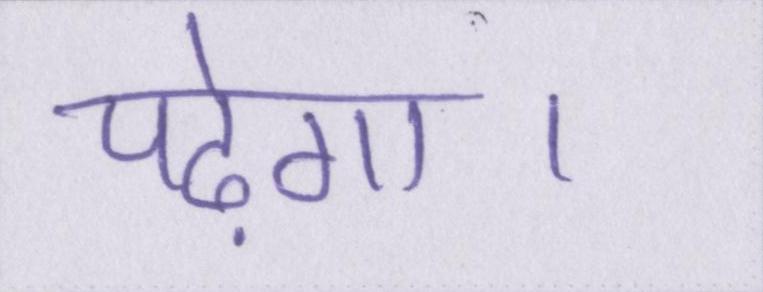
पढ़ेगा।